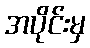
အပိုင်းမှ